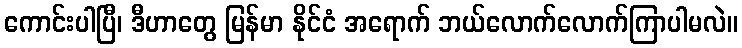
ကောင်းပါပြီ၊ ဒီဟာတွေ မြန်မာ နိုင်ငံ အရောက် ဘယ်လောက်လောက်ကြာပါမလဲ။